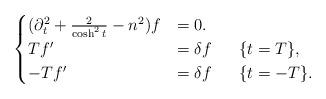
LaTeX: \begin{align*}\begin{cases}(\partial_t^2+\frac{2}{\cosh^2{t}}-n^2)f &=0.\\Tf' &=\delta f ~~~~~ \{t=T\}, \\-Tf' &=\delta f ~~~~~ \{t=-T\}.\end{cases}\end{align*}